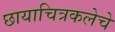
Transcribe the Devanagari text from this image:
छायाचित्रकलेचे